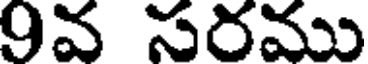
9వ సరము